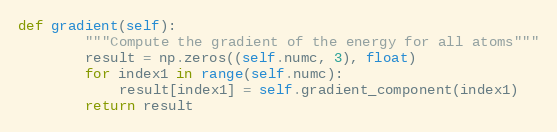
Language: Python
def gradient(self):
        """Compute the gradient of the energy for all atoms"""
        result = np.zeros((self.numc, 3), float)
        for index1 in range(self.numc):
            result[index1] = self.gradient_component(index1)
        return result